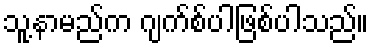
သူ့နာမည်က ဂျက်စ်ပါဖြစ်ပါသည်။